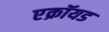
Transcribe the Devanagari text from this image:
एक्रॉयड